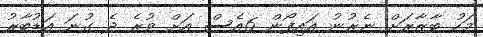
މަހު ބާޒާރަށް ނެރުނު އައިފޯން 6އެސް އަށް ވުރެ ދެ ގުނަ އަޑުބާރު